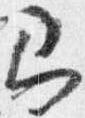
即